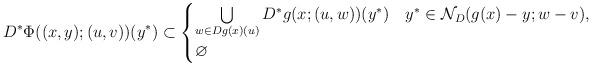
LaTeX: \begin{align*}D^*\Phi((x,y);(u,v))(y^*)\subset\begin{cases}\bigcup\limits_{w\in Dg(x)(u)}D^*g(x;(u,w))(y^*)& y^*\in\mathcal N_D(g(x)-y;w-v),\\\varnothing&\end{cases}\end{align*}